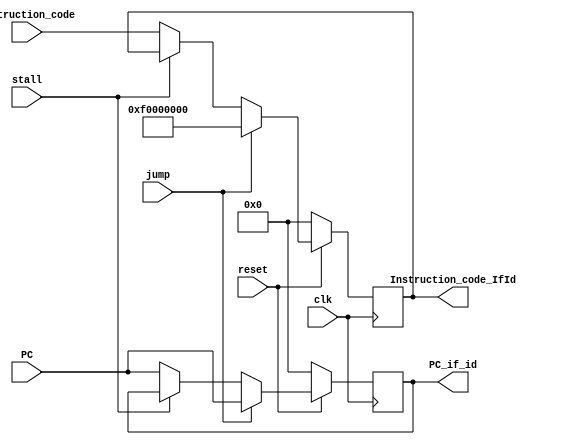
`timescale 1ns / 1ps

module If_Id(input [31:0] Instruction_code,input clk,input reset,input stall,input jump,output reg [31:0] Instruction_code_IfId ,input [31:0] PC,output reg [31:0] PC_if_id);

always@(posedge clk)
begin
  if(reset==0)
  begin
    Instruction_code_IfId<=32'd0;
    PC_if_id<=0;
  end
  else if(jump==1)
  begin
   Instruction_code_IfId<=32'hF0000000;
   PC_if_id<=PC;
  end
  else if (stall==1)
  begin
    Instruction_code_IfId<=Instruction_code_IfId;
    PC_if_id<=PC_if_id;
  end
  else
  begin
    Instruction_code_IfId<=Instruction_code;
    PC_if_id<=PC;
  end
end   

endmodule